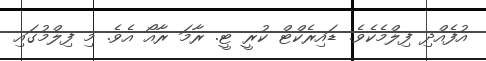
އުފެއްދި ފިލްމެކެވެ. ޑައިރެކްޓް ކުރީ ޓީ. ރާމަ ރާއޯ އެވެ. މި ފިލްމުގައި